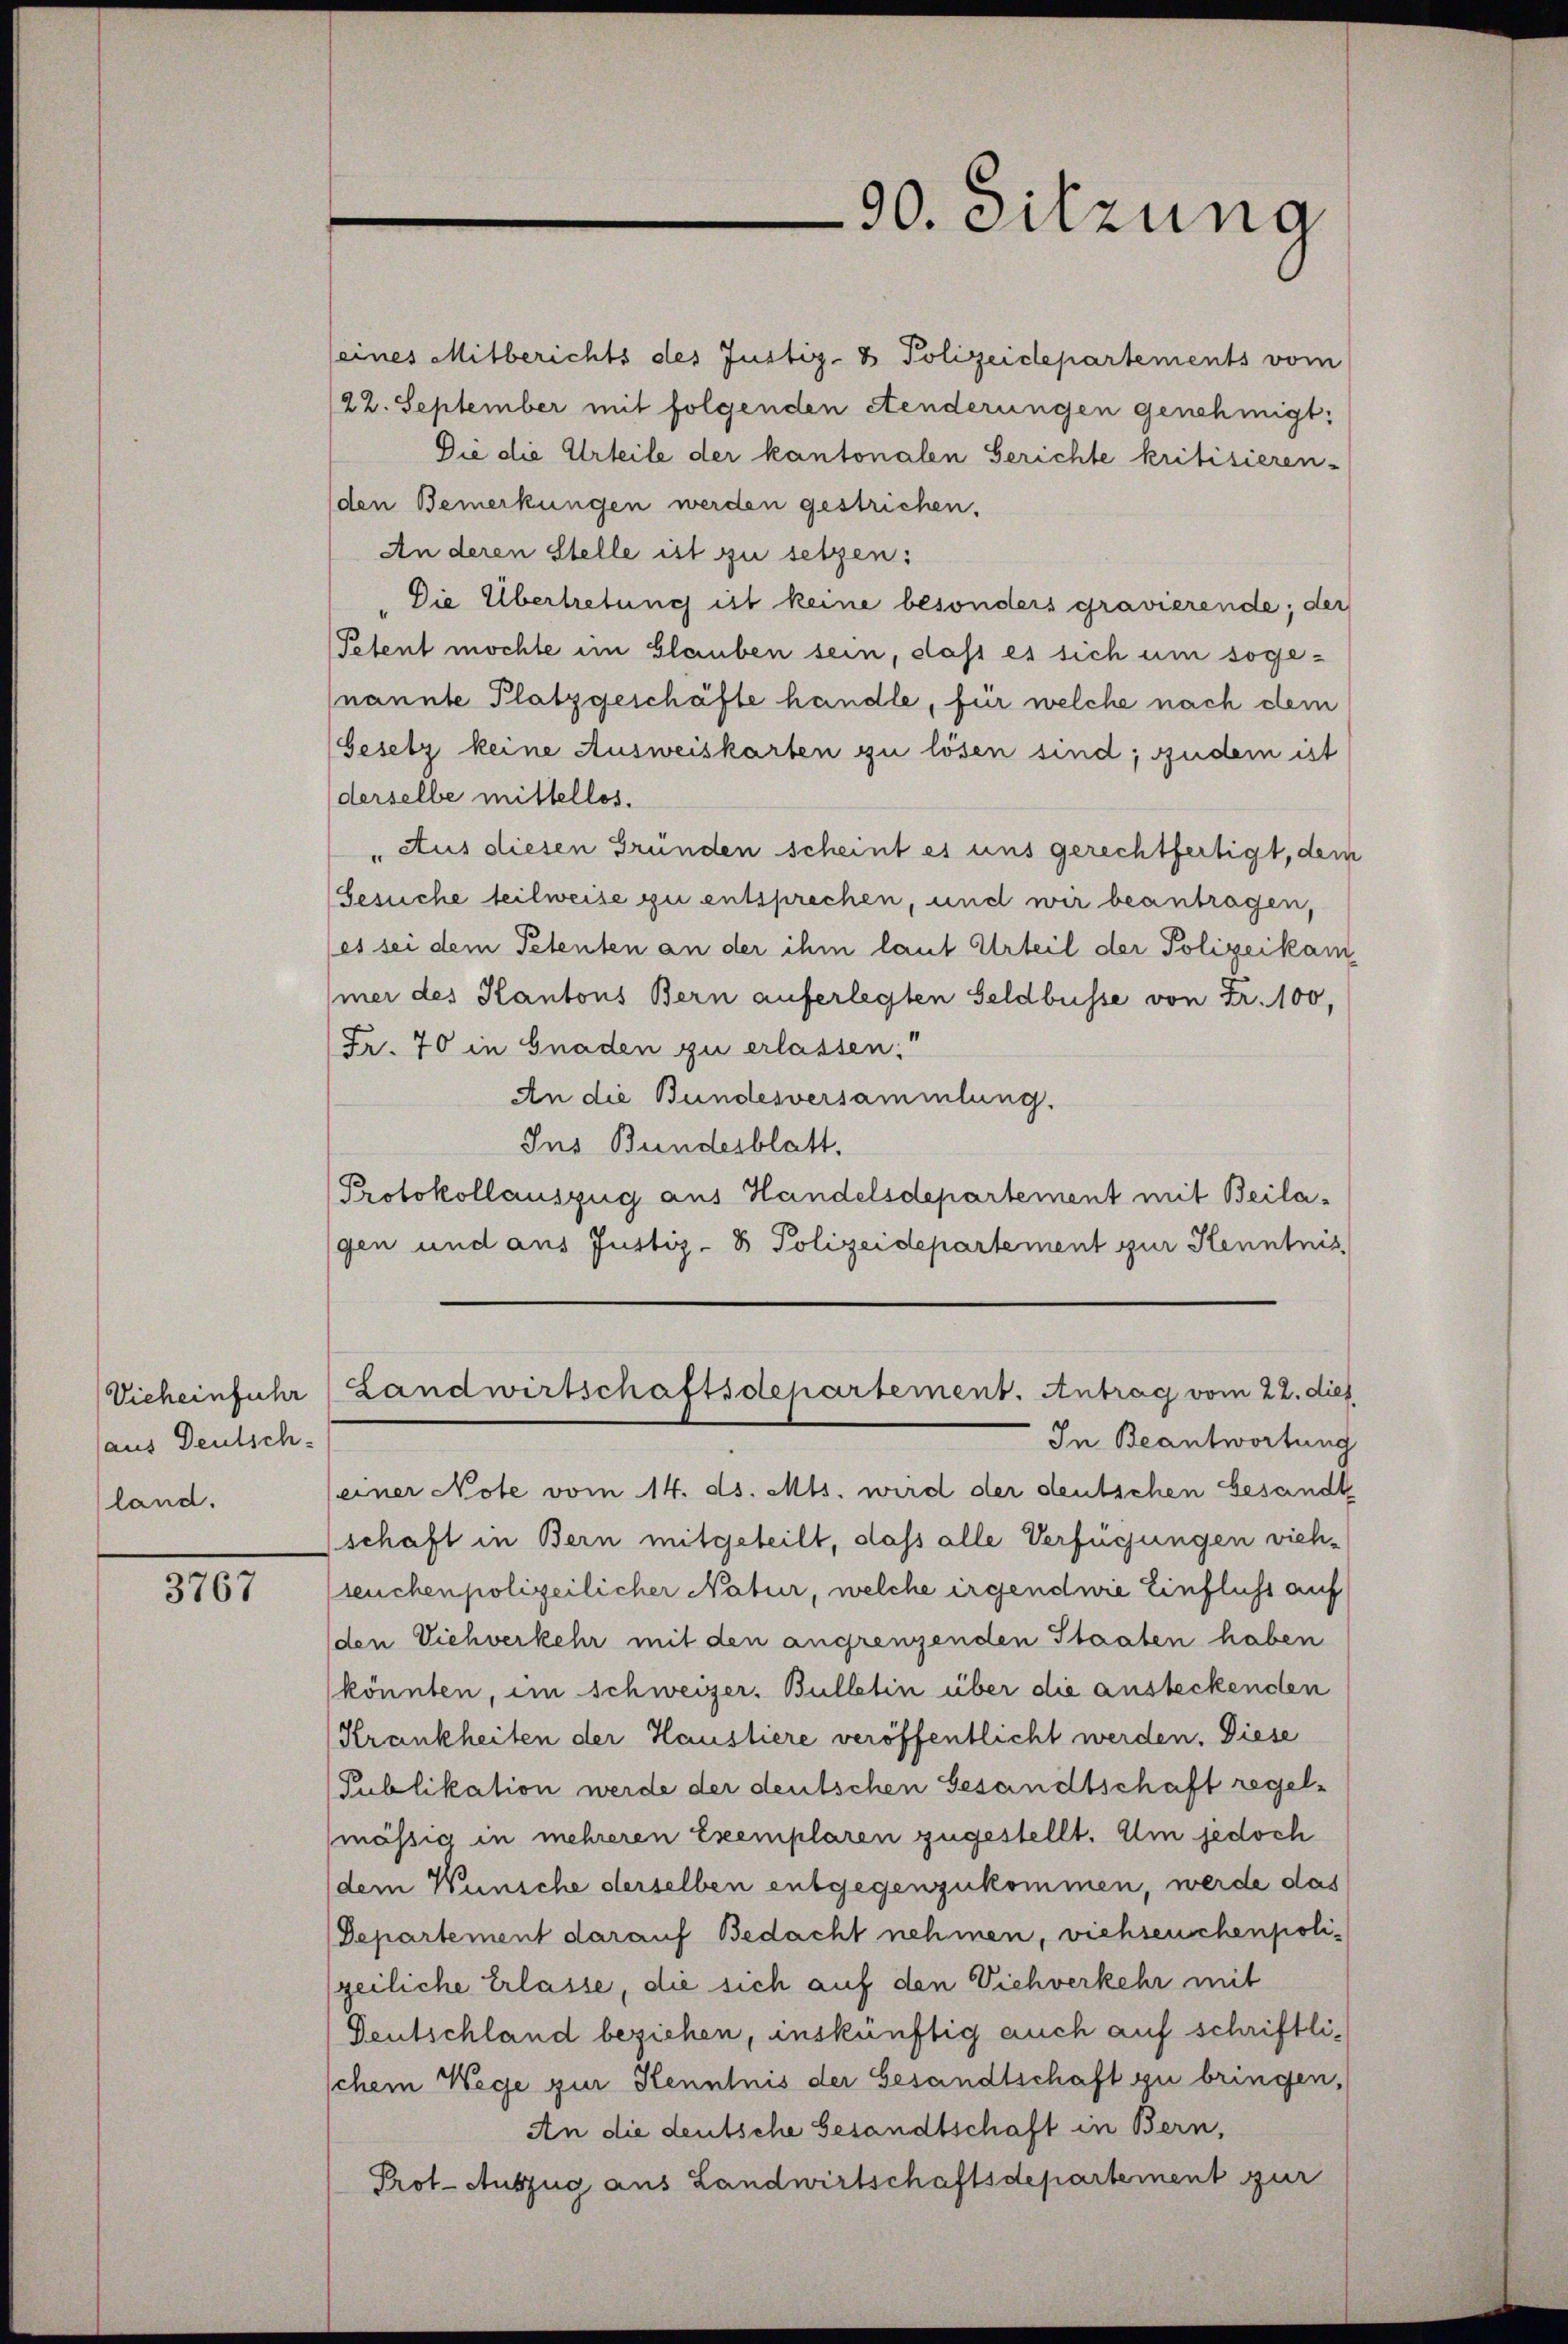
aus Deutsch-
land.

3767

seines Mitberichts des Justiz- & Polizeidepartements vom
22. September mit folgenden etenderungen genehmigt:
Die die Urteile der kantonalen Gerichte kritisieren-
(den Bemerkungen werden gestrichen.
An deren Stelle ist zu setzen:
Die Übertretung ist keine besonders gravierende; der
Petent möchte im Glauben sein, daß es sich um sogenannte Platzgeschäfte handle, für welche nach dem
Gesetz keine Ausweiskarten zu lösen sind; zudem ist
derselbe mittellos.
"Aus diesen Gründen scheint es uns gerechtfertigt, dem
Gesuche teilweise zu entsprechen, und wir beantragen,
es sei dem Petenten an der ihm laut Urteil der Polizeikam
mer des Kantons Bern auferlegten Geldbusse von Fr. 100,
Fr. 70 in Gnaden zu erlassen.“
An die Bundesversammlung.
Ins Bundesblatt.
Protokollauszug aus Handelsdepartement mit Beilagen und aus Justiz- & Polizeidepartement zur Kenntnis

90. Sitzung

In Beantwortung
einer Note vom 14. ds. Mts. wird der deutschen besandt
schaft in Bern mitgeteilt, dass alle Verfügungen vieh-
seuchenpolizeilicher Natur, welche irgendwie Einflichs auf
den Viehverkehr mit den angrenzenden Staaten haben
könnten, im Schweizer. Bulletin über die austeckenden
Krankheiten der Haustiere veröffentlicht werden. Diese
Publikation werde der deutschen Gesandtschaft regelmässig in mehreren Exemplaren zugestellt. Um jedoch
dem Wünsche derselben entgegenzukommen, werde das
Departement darauf Bedacht nehmen, viehseuchenpolizeiliche Erlasse, die sich auf den Viehverkehr mit
Deutschland beziehen, inskünftig auch auf schriftlischem Wege zur Kenntnis der Gesandtschaft zu bringen,
An die deutsche Gesandtschaft in Bern,
Prot. Auszug aus Landwirtschaftsdepartement zur

Viecheinfuhr (Landwirtschaftsdepartement. Antrag vom 22. dies